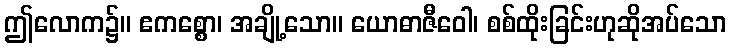
ဤလောက၌။ ဧကစ္စော၊ အချို့သော။ ယောဓာဇီဝေါ၊ စစ်ထိုးခြင်းဟုဆိုအပ်သော